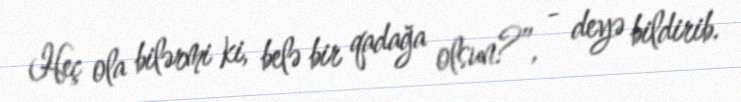
Heç ola bilərmi ki, belə bir qadağa olsun?”, - deyə bildirib.